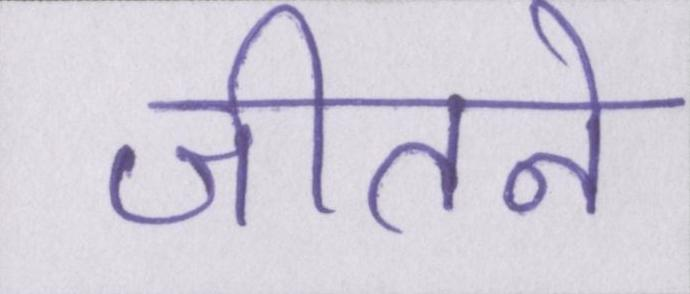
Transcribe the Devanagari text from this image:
जीतने